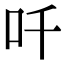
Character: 吀